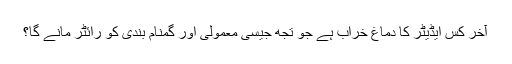
آخر کس ایڈیٹر کا دماغ خراب ہے جو تجھ جیسی معمولی اور گمنام بندی کو رائٹر مانے گا؟